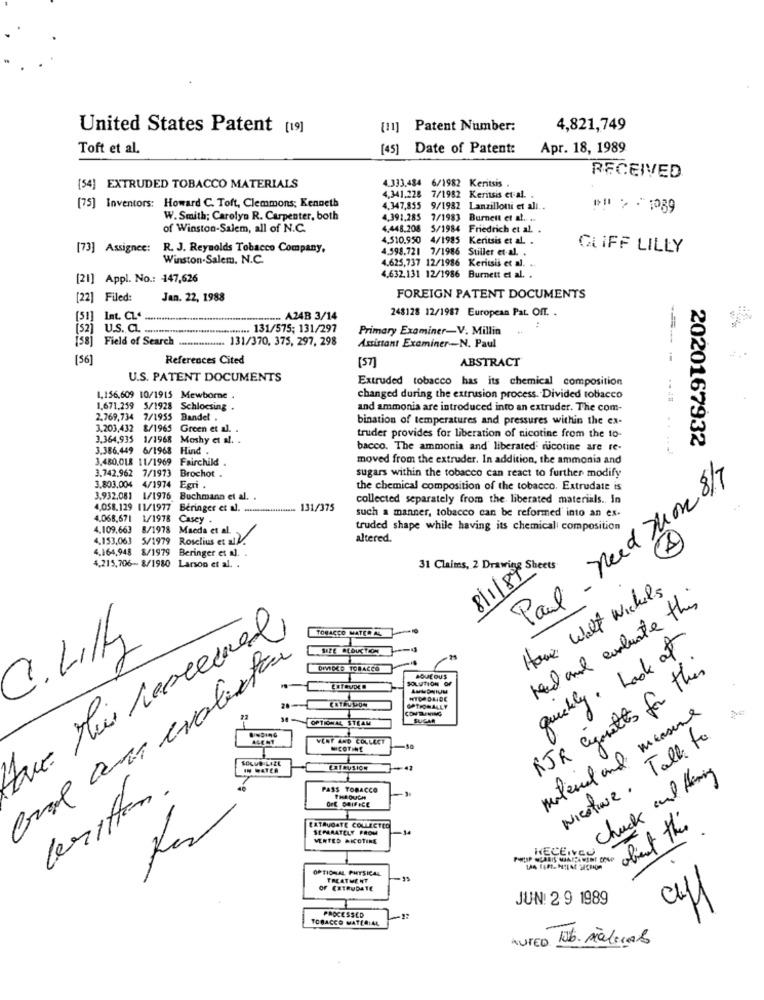
United States Patent [19]
[11] Patent Number:
4,821,749
Toft et al.
[ 45]
Date of Patent:
Apr. 18, 1989
RECEIVED
[54] EXTRUDED TOBACCO MATERIALS
4.333.434 6/1982 Kentsis .
4,341,228 7/1982 Keritsis et al.
[75] Inventors: Howard C. Toft, Clemmons; Kenneth
4.347,855 9/1982
4.347,855 9/1982 Lanzilloni et ali ..
W. Smith; Carolyn R. Carpenter, both
4.391,285 7/1983 Burnett et al. ..
of Winston-Salem, all of N.C.
4,448.208
4.448.208 5/1984 Friedrich et al. .
5/1984
4.510,950 4/1985
[73] Assignee: R. J. Reynolds Tobacco Company,
4.598.721 7/1986 Stiller et al. .
CLIFF LILLY
Winston-Salem. N.C.
4.625,737 12/1986 Keritsis et al. ..
[21] Appl. No .: 147,626
4.632,131 12/1986 Burnett et al. .
[22] Filed:
Jan. 22, 1988
FOREIGN PATENT DOCUMENTS
248128 12/1987 European Pat. Off. .
[5]] Int. CZ .. .......
--..... A24B 3/14
U.S. CL. ......
.... 131/575; 131/297
Primary Examiner-V. Millin
:
. 131/370, 375, 297, 298
[58] Field of Search ..............
Assistant Examiner -- N. Paul
[56]
References Cited
ABSTRACT
[5]
U.S. PATENT DOCUMENTS
Extruded tobacco has its chemical composition
1,156,609 10/1915 Mewborne .
changed during the extrusion process. Divided tobacco
1.671,259 5/1928 Schlocsing .
and ammonia are introduced into an extruder. The com-
2.769,734 7/1955 Bandel .
bination of temperatures and pressures within the ex-
3.203,432 8/1965 Green et al. .
3,364,935 1/1968 Moshy et al. .
truder provides for liberation of nicotine from the 10-
2020167932
3.386.449 6/1968 Hind
bacco. The ammonia and liberated nicotine are re-
--------
3.480.018 11/1969 Fairchild.
moved from the extruder. In addition, the ammonia and
sugars within the tobacco can react to further modify
3.742,962 7/1973 Brochot .
Paul need Mon 8/7
3.803,004 4/1974 Egri .
the chemical composition of the tobacco. Extrudate is
3.932,081 1/1976 Buchmann et al. .
collected separately from the liberated materials. In
4,058.129 11/1977 Beringer et al.
. 131/375
such a manner, tobacco can be reformed into an ex-
4.068,671 1/1978 Casey
4.109.663
8/1978 Maeda et al.
truded shape while having its chemical composition
4.153,063
5/1979 Roselius et al.
altered.
4.164,948
8/1979
Beringer et al.
4.215,706- 8/1980 Larson et al. .
31 Claims, 2 Drawing Sheets
8/1/89
Have Welt Wichels
read and evaluate this
TOBACCO MATER AL
3. Lily
quickly. Look at
Bral an evaluation
DIVIDED TOBACCO
RJR cigarettes for this
SOLUTION OF
AQUEOUS
WTORDLIDE
CONTAINING
OPTIONALLY
34-OPTIONAL STEAM
SUCAR
material and measure
UNDinG
VERY AND COLLECT
Nicoture. Talk to
NICOTINE
SOLUD LILL
IN WATER
-42
Chuck and Having
PASS TOBACCO
beritten.
OFE ORIFICE
THROUGH
abient the
EATAUGATE COLLECTED
SEPRATELY FROM
-14
VERTED NICOTINE
HECEICO
OPTIONAL PHYSICAL
TREATMENT
OF EXTRUDATE
caff
JUN: 29 1989
PROCESSED
TOBACCO MATERIAL
AURED